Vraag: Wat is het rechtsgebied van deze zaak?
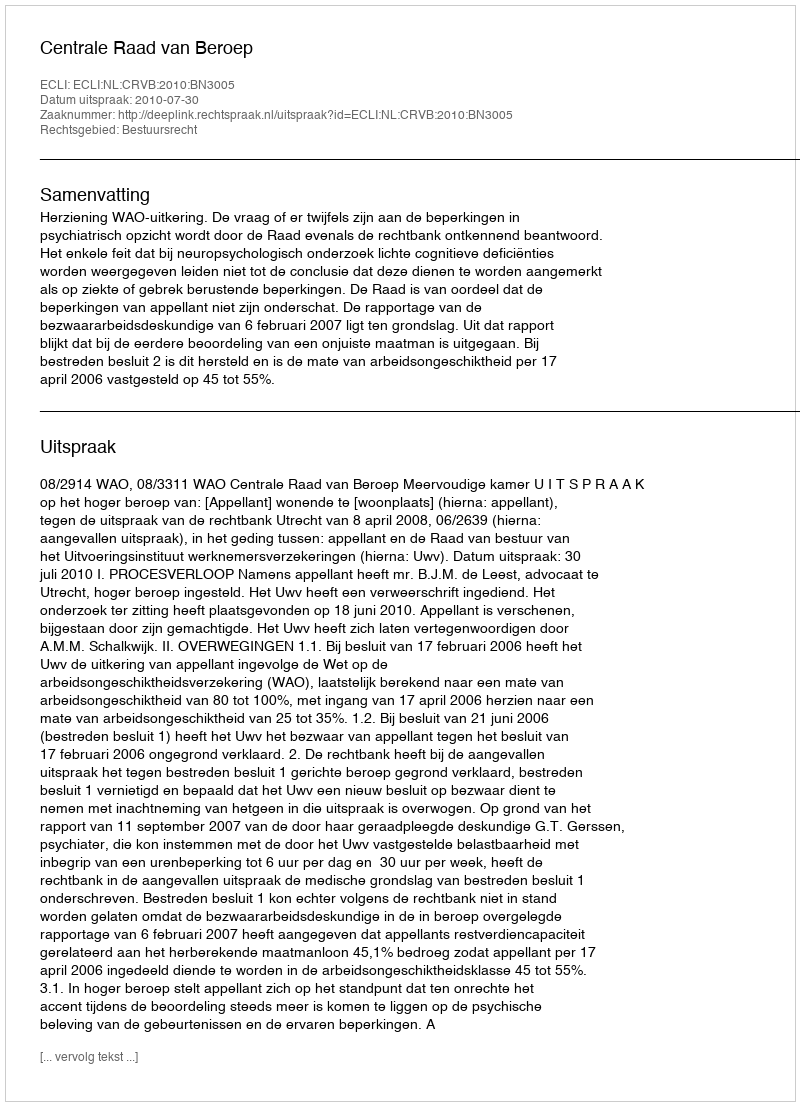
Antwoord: Bestuursrecht